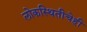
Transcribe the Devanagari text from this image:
लोकस्थितीचेही